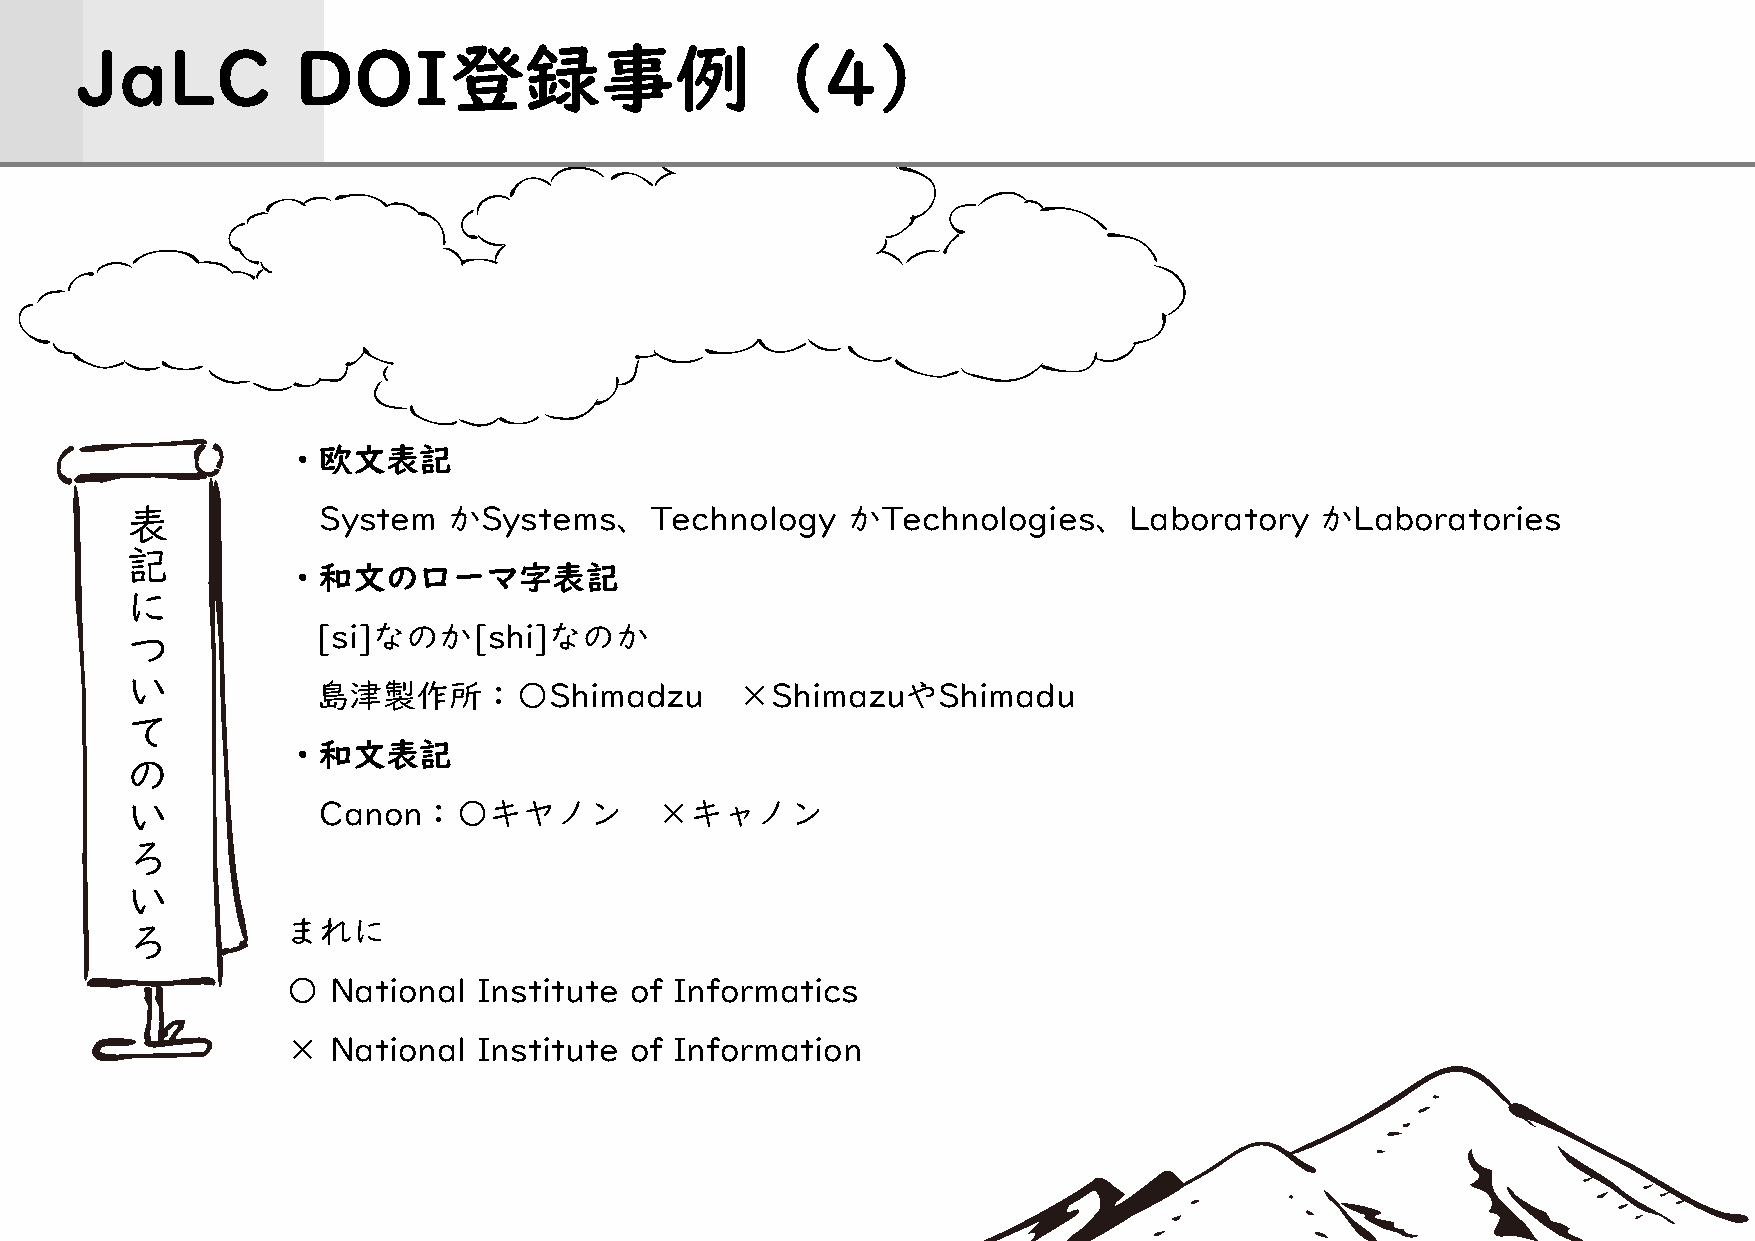
JaLC          DOI登録事例（4）
 ・欧文表記
 表
 System   かSystems、Technology       かTechnologies、Laboratory       かLaboratories
 記
 ・和文のローマ字表記
 に
 つ            [si]なのか[shi]なのか
 い
 島津製作所：〇Shimadzu             ×ShimazuやShimadu
 て
 ・和文表記
 の
 い
 Canon：〇キヤノン           ×キャノン
 ろ
 い
 ろ          まれに
 〇  National  Institute of Informatics
 ×  National  Institute of Information